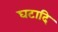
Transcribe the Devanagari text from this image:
घटादि